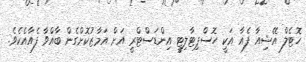
ހޮޓެލް އޭޝިއާ ފެއާ އަކީ ހޮސްޕިޓާލިޓީ އިންޑަސްޓްރީ އަށް އަމާޒުކޮށްގެން ބާއްވާ ފެއާއެކެވެ.